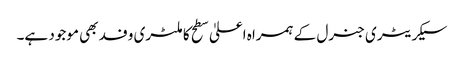
سیکریٹری جنرل کے ہمراہ اعلیٰ سطح کا ملٹری وفد بھی موجود ہے۔